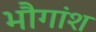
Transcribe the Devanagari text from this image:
भौगांश